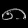
Digit: ၈